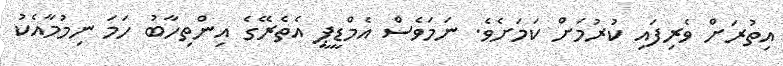
އިތުރަށް ވެރިފައި ކުރުމަށް ކަމަށެވެ. ނަމަވެސް އެމްޑީޕީ އެތެރޭގެ އިންތިހާބު ހަމަ ނިމުމާއެކު